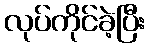
လုပ်ကိုင်ခဲ့ပြီး